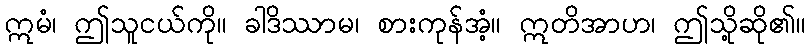
ဣမံ၊ ဤသူငယ်ကို။ ခါဒိဿာမ၊ စားကုန်အံ့။ ဣတိအာဟ၊ ဤသို့ဆို၏။